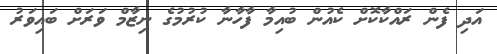
އަދި ފެން ރައްކާކޮށް ކެއުން ބުއިމާ ފާހާނާ ކުރުމުގެ ނިޒާމް ވަރަށް ބައިވަރު